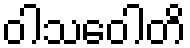
ဝါသဝေါတိ